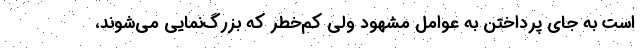
است به جای پرداختن به عوامل مشهود ولی کم‌خطر که بزرگ‌نمایی می‌شوند،